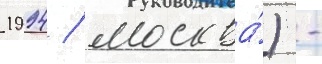
1994 / москва́) -